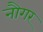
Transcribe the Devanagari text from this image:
नौगर